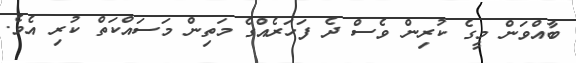
ބާއްވަން މީގެ ކުރިން ވެސް ދެ ފަހަރެއްގެ މަތިން މަސައްކަތް ކުރި އެވެ.